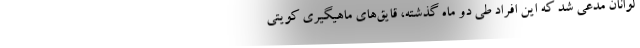
لوانان مدعی شد که این افراد طی دو ماه گذشته، قایق‌های ماهیگیری کویتی